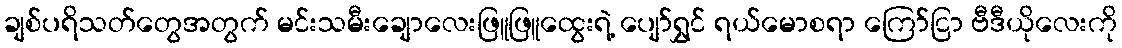
ချစ်ပရိသတ်တွေအတွက် မင်းသမီးချောလေးဖြူဖြူထွေးရဲ့ ပျော်ရွှင် ရယ်မောစရာ ကြော်ငြာ ဗီဒီယိုလေးကို